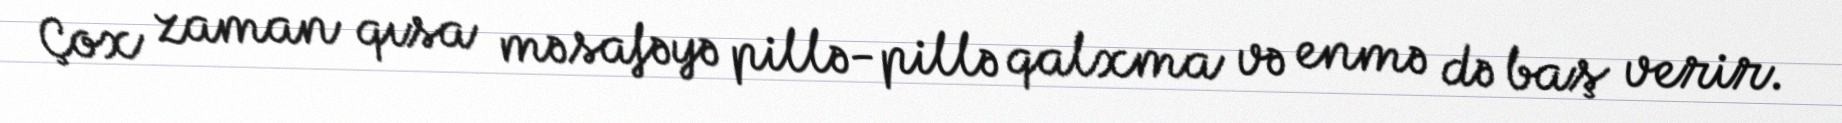
Çox zaman qısa məsafəyə pillə-pillə qalxma və enmə də baş verir.